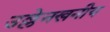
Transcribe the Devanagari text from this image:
उल्लेनखनीय